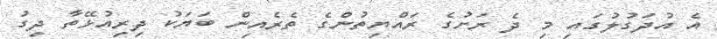
އެ އުދަގުލުގައި މި ދެ ރަށުގެ ރައްޔިތުންގެ ތެރެއިން ބަޔަކު ދިރިއުޅޭތާ ދިގު